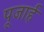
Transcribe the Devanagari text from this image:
पूजार्ह